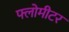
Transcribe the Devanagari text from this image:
फ्लोमीटर